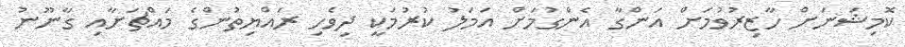
ކޮމިޝަނަށް ހާޒިރުވުމަށް އަންގާ އެންގުމަށް އަމަލު ކުރުމަކީ ދިވެހި ރައްޔިތުންގެ މައްޗަށާއި ގާނޫނު